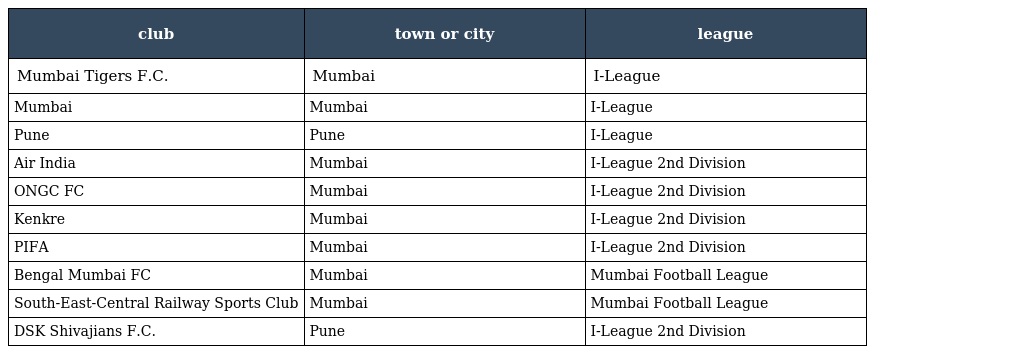
| club | town or city | league |
 | --- | --- | --- |
 | Mumbai Tigers F.C. | Mumbai | I-League |
 | Mumbai | Mumbai | I-League |
 | Pune | Pune | I-League |
 | Air India | Mumbai | I-League 2nd Division |
 | ONGC FC | Mumbai | I-League 2nd Division |
 | Kenkre | Mumbai | I-League 2nd Division |
 | PIFA | Mumbai | I-League 2nd Division |
 | Bengal Mumbai FC | Mumbai | Mumbai Football League |
 | South-East-Central Railway Sports Club | Mumbai | Mumbai Football League |
 | DSK Shivajians F.C. | Pune | I-League 2nd Division |